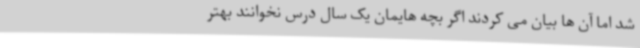
شد اما آن ها بیان می کردند اگر بچه هایمان یک سال درس نخوانند بهتر